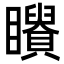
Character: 𥌶